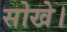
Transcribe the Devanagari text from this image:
सोखे।